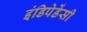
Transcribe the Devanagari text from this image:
इंडिपेडेंसी